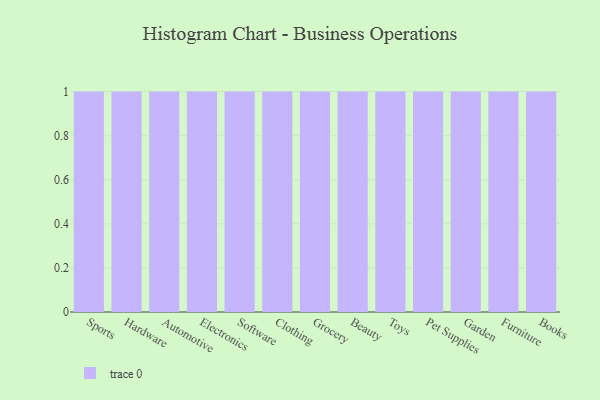
{"axis": {"x": "Category", "y": "Revenue (USD Million)"}, "legend": [""], "data": [{"x": "Sports", "y": 83, "type": ""}, {"x": "Hardware", "y": 4, "type": ""}, {"x": "Automotive", "y": 78, "type": ""}, {"x": "Electronics", "y": 74, "type": ""}, {"x": "Software", "y": 76, "type": ""}, {"x": "Clothing", "y": 35, "type": ""}, {"x": "Grocery", "y": 86, "type": ""}, {"x": "Beauty", "y": 35, "type": ""}, {"x": "Toys", "y": 77, "type": ""}, {"x": "Pet Supplies", "y": 38, "type": ""}, {"x": "Garden", "y": 22, "type": ""}, {"x": "Furniture", "y": 86, "type": ""}, {"x": "Books", "y": 60, "type": ""}]}